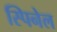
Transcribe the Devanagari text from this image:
स्पिनेल